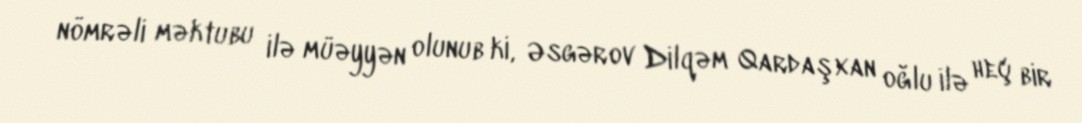
nömrəli məktubu ilə müəyyən olunub ki, Əsgərov Dilqəm Qardaşxan oğlu ilə heç bir